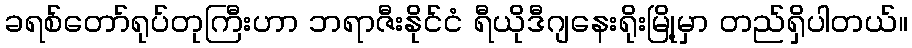
ခရစ်တော်ရုပ်တုကြီးဟာ ဘရာဇီးနိုင်ငံ ရီယိုဒီဂျနေးရိုးမြို့မှာ တည်ရှိပါတယ်။